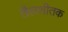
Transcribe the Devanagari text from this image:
तैलशीतक